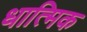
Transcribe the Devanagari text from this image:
धात्मिक